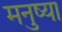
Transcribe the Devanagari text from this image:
मनुष्या